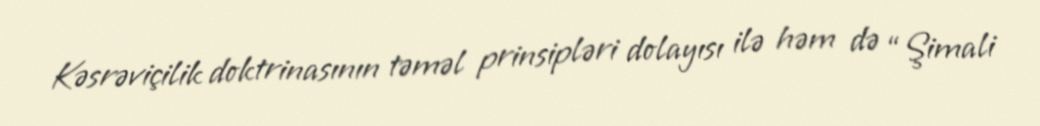
Kəsrəviçilik doktrinasının təməl prinsipləri dolayısı ilə həm də “Şimali